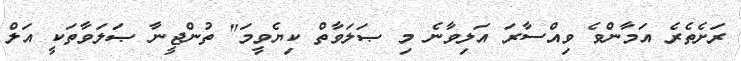
ރަށެތެރެ އަމާންވެ ވިއްސާރަ އަލިވާނެ މި ޞަލަވާތް ކިޔެވީމަ" ތުންޖީނާ ޞަލަވާތަކީ އަލް